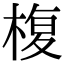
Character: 椱